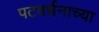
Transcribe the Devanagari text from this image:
पटवर्धनाच्या